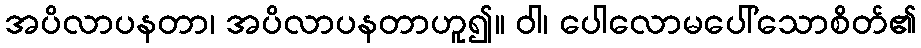
အပိလာပနတာ၊ အပိလာပနတာဟူ၍။ ဝါ၊ ပေါလောမပေါ်သောစိတ်၏